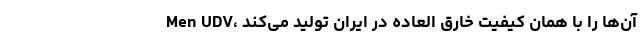
Men UDV، آن‌ها را با همان کیفیت خارق العاده در ایران تولید می‌کند